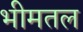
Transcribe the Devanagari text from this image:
भीमतल